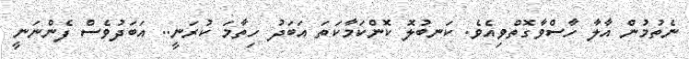
ނެތުމުން އާލާ ހާސްވާގޮތްވިއެވެ. ކަނބުލޮ ކޮންކަމާކަތަ އަބަދު ހިތާމަ ކުރަނީ.. އަބަދުވެސް ފެންނަނީ